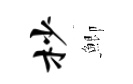
杪鯽